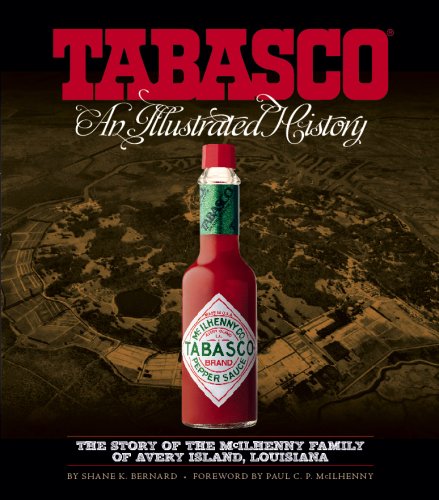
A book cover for TABASCO: An Illustrated History; Shane K. Bernard; Cookbooks, Food & Wine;